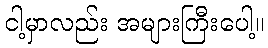
ငါ့မှာလည်း အများကြီးပေါ့။